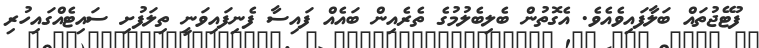
ފުޓޭޖުތައް ބަލާފައިވެއެވެ. އެގޮތުން ބެލިބެލުމުގެ ތެރެއިން ބައެއް ފައިސާ ފެނިފައިވަނީ ތިލަފުށި ސައިޓެއްގައިހުރި